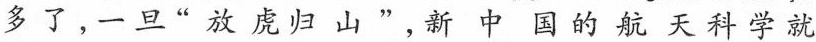
多了一旦放虎归山”，新中国的航天科学就